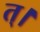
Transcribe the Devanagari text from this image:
त्।